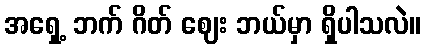
အရှေ့ ဘက် ဂိတ် ဈေး ဘယ်မှာ ရှိပါသလဲ။